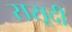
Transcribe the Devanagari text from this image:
ससूदी